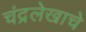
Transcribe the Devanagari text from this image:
चंद्रलेखाचे